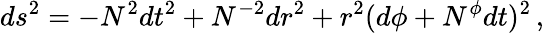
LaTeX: ds^{2}=-N^{2}dt^{2}+N^{-2}dr^{2}+r^{2}(d\phi+N^{\phi}dt)^{2}\, ,